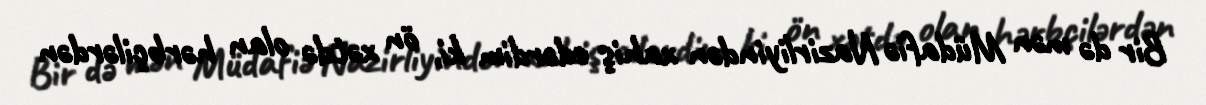
Bir də mən Müdafiə Nazirliyindən xahiş edərdim ki, ön xətdə olan hərbçilərdən